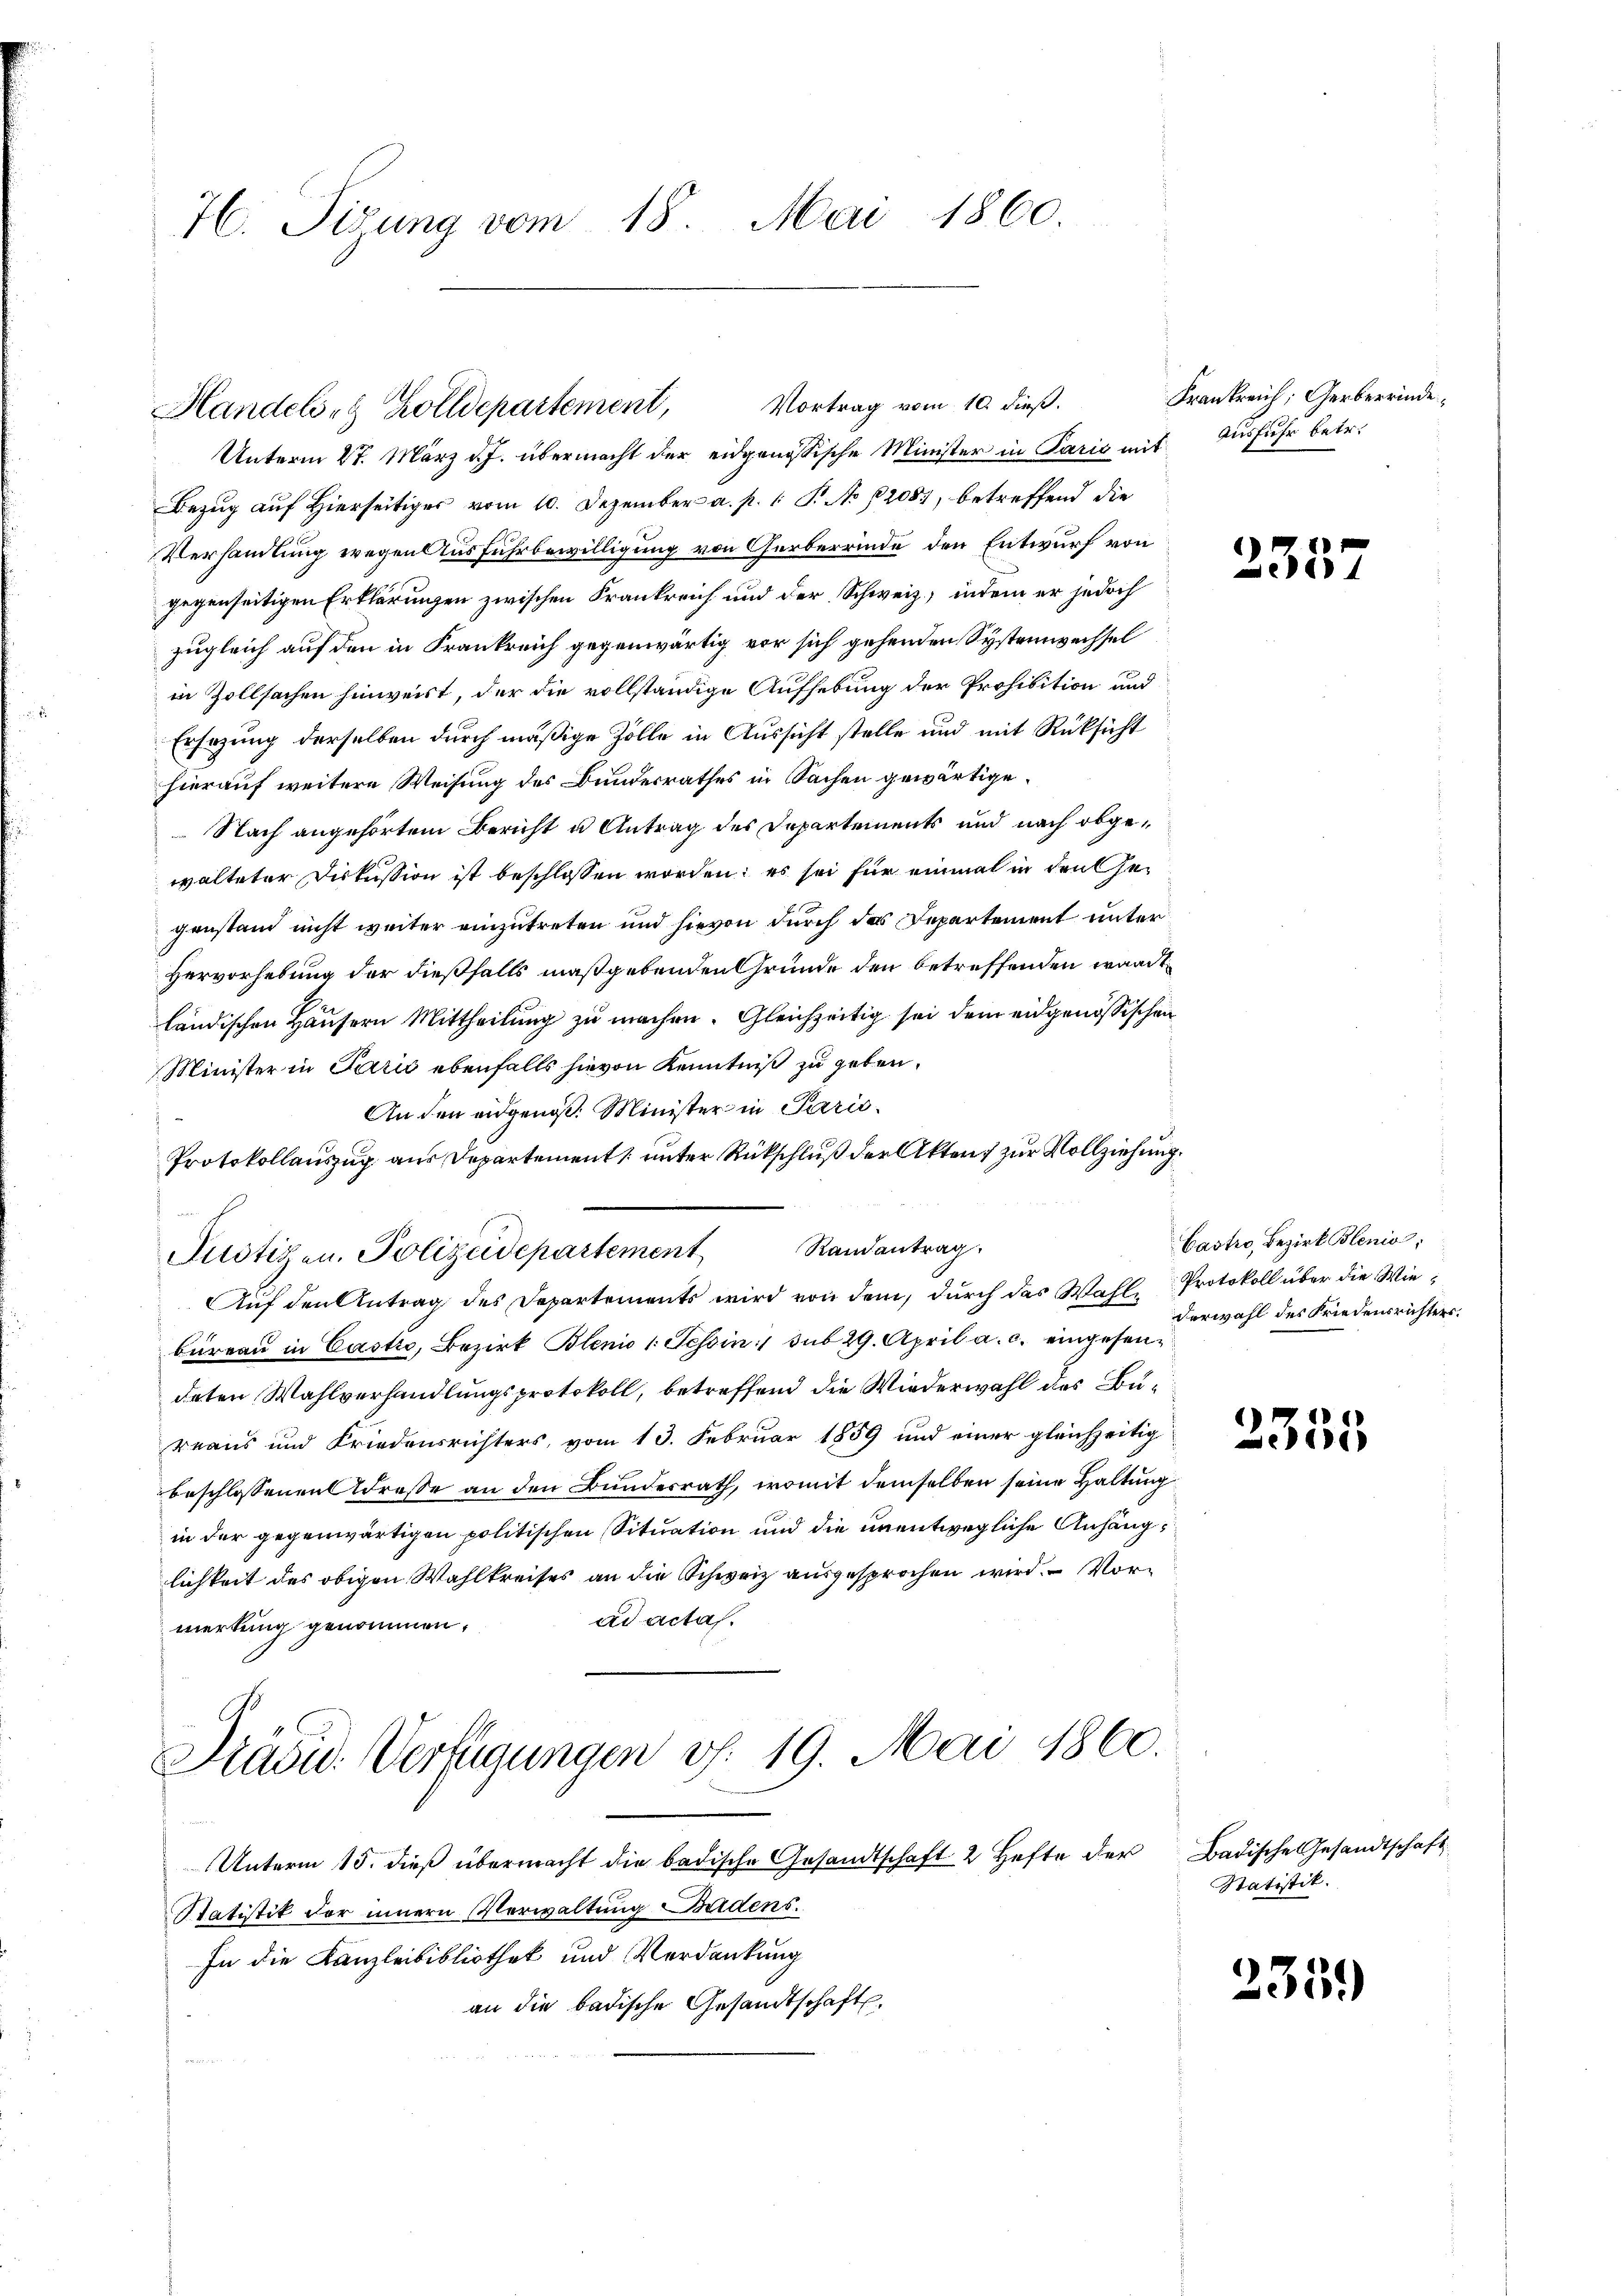
76. Sidung vom 18. Mai 1860.

Handelsr. Zolldepartement, Vortrag vom 10. dieß.

Unterm 27. März d. J. übermacht der eidgenössische Minister in Paris mit Ausfuhr betr.
Bezug auf Hierseitiger vom 10. Dezember a. p. 1. P. No 12081, betreffend die
Verhandlung wegen Ausfuhrbewilligung von Gerberrinde den Entwurf von
gegenseitigen Erklärungen zwischen Frankreich und der Schweiz, indem er jedoch
zugleich auf den in Frankreich gegenwärtig vor sich gehenden Systemwechsel
in Zollsachen hinweist, der die vollständige Aufhebung der Profisition und
Ersezung derselben durch mäßige Zolle in Aussicht stelle und mit Rücksicht
hierauf weitere Weisung des Bundesrathes in Sachen gewärtige.
 Nach angehörtem Bericht u Antrag des Departements und nach obgewalteter Diskussion ist beschlossen worden; es sei für einmal in den Gegenstand nicht weiter einzutreten und hievon durch das Departement unter
Hervorhebung der dießfalls maßgebenden Gründe den betreffenden waadtländischen Häusern Mittheilung zu machen. Gleichzeitig sei dem eidgenössischen
Minister in Paris ebenfalls hievon Kenntniß zu geben.
An den eidgenoß. Minister in Paris¬
Protokollauszug aus Departement unter Rückschluß der Akten zur Vollziehung.
Justizen. Polizeidepartement Randantrag.
Auf den Antrag des Departements wird von dem, durch das Wahl-Protokoll über die Wiebüreau in Castro, Bezirk Blenio 1: Tessin sub 29. April a. c. eingesendaten Wahlverhandlungsprotokoll, betreffend die Wiederwahl des Büreaus und Friedensrichters, vom 13. Februar 1859 und einer gleichzeitig
beschlossenen Adresse an den Bundesrath, womit demselben seine Haltung
in der gegenwärtigen politischen Situation und die unentwegliche Anhänglichkeit des obigen Wahlkreises an die Schweiz ausgesprochen wird. Vorad actas.
merkung genommen.
Präsid. Verfügungen d. 19. Mai 1860.
Unterm 15. dieß übermacht die badische Gesandtschaft 2 Hefte der
Statistik der innern Verwaltung Badens.
In die Kanzleibibliothek und Verdankung
an die badische Gesandtschaft.

Frankreich, Gerberrinde

2357

Castro, Bezirk Blenio;
derwahl des Friedensrichters.

2355

Badische Gesandtschaft
Statistik.

2359